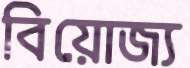
বিয়োজ্য